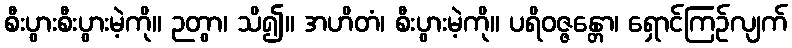
စီးပွားစီးပွားမဲ့ကို။ ဉတွာ၊ သိ၍။ အဟိတံ၊ စီးပွားမဲ့ကို။ ပရိဝဇ္ဇန္တော၊ ရှောင်ကြဉ်လျက်